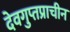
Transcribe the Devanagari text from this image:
देवगुप्तप्राचीन